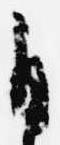
自